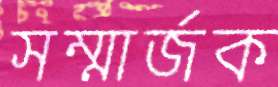
সম্মার্জক